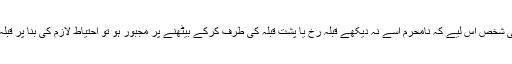
مسئلہ 70: اگر کوئی شخص اس لیے کہ نامحرم اسے نہ دیکھے قبلہ رُخ یا پشت قبلہ كی طرف كركے بیٹھنے پر مجبور ہو تو احتیاط لازم کی بنا پر قبلہ رُخ كركے بیٹھے۔